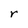
Character: r